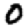
Digit: 0